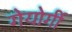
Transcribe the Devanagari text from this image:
गेयोर्गी